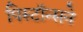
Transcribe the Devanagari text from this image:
पिस्टॉन्सने